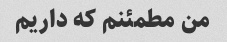
من مطمئنم که داریم